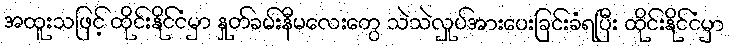
အထူးသဖြင့် ထိုင်းနိုင်ငံမှာ နှုတ်ခမ်းနီမလေးတွေ သဲသဲလှုပ်အားပေးခြင်းခံရပြီး ထိုင်းနိုင်ငံမှာ